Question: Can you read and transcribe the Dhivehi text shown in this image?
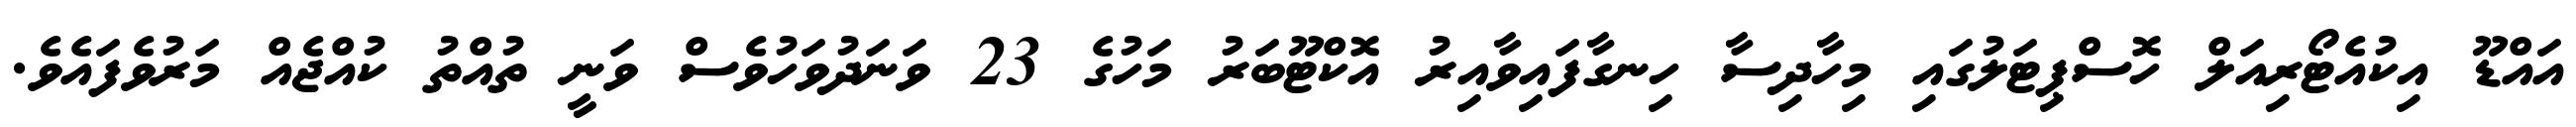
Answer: އައްޑޫ އިކުއެޓޯރިއަލް ހޮސްޕިޓަލުގައި މިހާދިސާ ހިނގާފައިވާއިރު އޮކްޓޫބަރު މަހުގެ 23 ވަނަދުވަހުވެސް ވަނީ ތުއްތު ކުއްޖެއް މަރުވެފައެވެ.